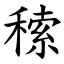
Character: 䅴